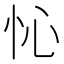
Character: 㤈